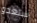
ستغدو